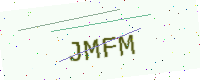
Text: JMFM